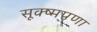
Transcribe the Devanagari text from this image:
सूक्ष्मपणा